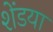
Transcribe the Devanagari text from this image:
शेंडया